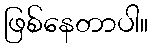
ဖြစ်နေတာပါ။